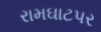
રામઘાટપર